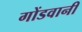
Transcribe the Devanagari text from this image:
गोंडवानी